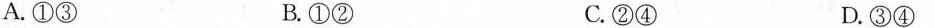
A.①③ B.①② C.②④ D.③④